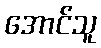
အောင်သူ